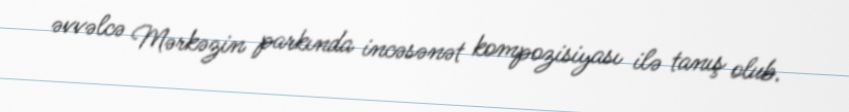
əvvəlcə Mərkəzin parkında incəsənət kompozisiyası ilə tanış olub.